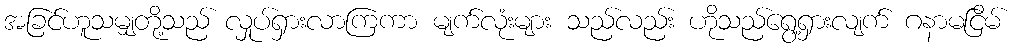
အခြင်ဟူသမျှတို့သည် လှုပ်ရှားလာကြကာ မျက်လုံးများ သည်လည်း ဟိုသည်ရွေ့ရှားလျက် ဂနာမငြိမ်